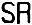
SR